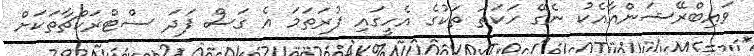
ވައިބްރޭޝަންއާއެކު ނެގޭ ހަކަތަ ތަކުގެ އެހީގައި ފުރަތަމަ އެ ގަސް ފަދަ ސްޓްރަކްޗާތަކަށް